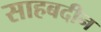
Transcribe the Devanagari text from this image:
साहबदीन